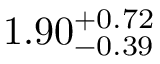
1 . 9 0 _ { - 0 . 3 9 } ^ { + 0 . 7 2 }